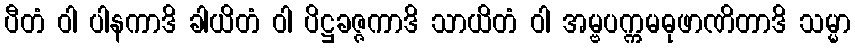
ပီတံ ဝါ ပါနကာဒိ ခါယိတံ ဝါ ပိဋ္ဌခဇ္ဇကာဒိ သာယိတံ ဝါ အမ္ဗပက္ကမဓုဖာဏိတာဒိ သမ္မာ